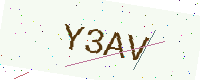
Text: Y3AV